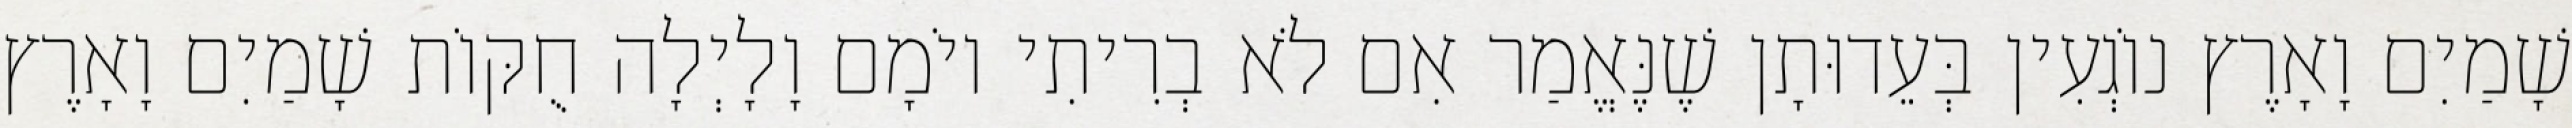
שָׁמַיִם וָאָרֶץ נוֹגְעִין בְּעֵדוּתָן שֶׁנֶּאֱמַר אִם לֹא בְרִיתִי יוֹמָם וָלָיְלָה חֻקּוֹת שָׁמַיִם וָאָרֶץ